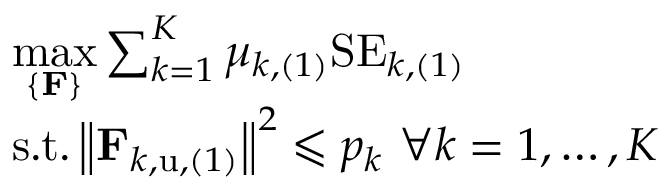
\begin{array} { r l } & { \underset { \left\{ \mathbf { F } \right\} } { \operatorname* { m a x } } \sum _ { k = 1 } ^ { K } { \mu _ { k , ( 1 ) } \mathrm { S E } _ { k , ( 1 ) } } } \\ & { \mathrm { s } . \mathrm { t } . \left\| \mathbf { F } _ { k , \mathrm { u } , ( 1 ) } \right\| ^ { 2 } \leqslant p _ { k } \, \, \forall k = 1 , \dots , K } \end{array}